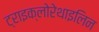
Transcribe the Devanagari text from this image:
ट्राइक्लोरेथाइलिन